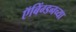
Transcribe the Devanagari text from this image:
ऍबिंग्डनच्या